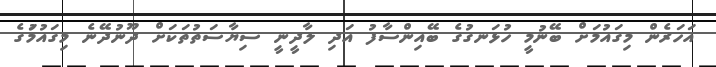
އަހަރެން މިގައުމަށް ބޭނުމީ ހުޅަނގުގެ ބޭއިންސާފު އަދި ލާދީނީ ސިޔާސަތުތަކަށް ދޫނުދޭނެ މިގައުމުަގެ